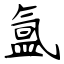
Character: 氲